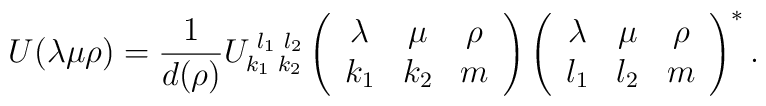
U(\lambda\mu\rho)={1\over d(\rho)}U_{k_1\,\,k_2}^{\,\,l_1\,\,l_2}\left(\begin{array}{ccc} \lambda & \mu & \rho \\k_1 & k_2 & m \end{array} \right)\left( \begin{array}{ccc} \lambda & \mu & \rho \\l_1 & l_2 & m \end{array}\right)^{\ast}.